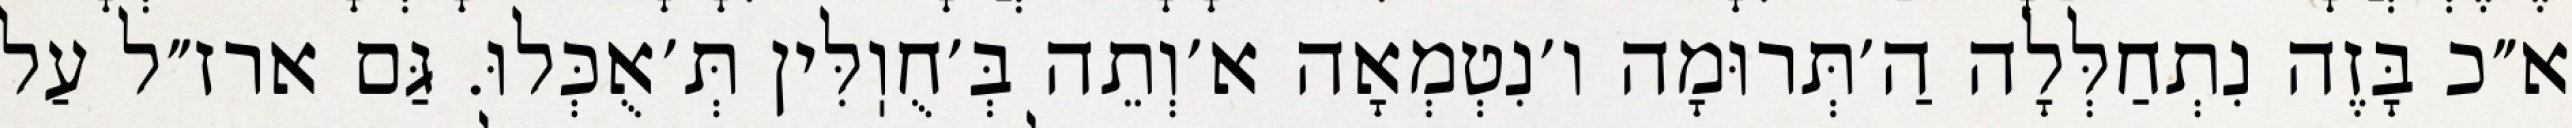
א״כ בָּזֶה נִתְחַלְּלָה הַ׳תְּרוּמָה ו׳נִטְמְאָה א׳וְתֵה בְּ׳חֻוֽלִּין תְּ׳אֻכְּלוּ. גַּם ארז״ל עַל